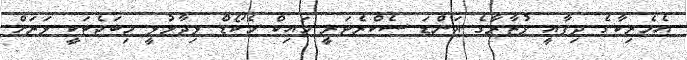
އެމެރިކާގެ ދިފާއީ ވުޒާރާގެ އަންޑަ ސެކްރެޓަރީ މައިކް މެކޯޑް ވިދާޅުވީ މިބަޖެޓަކީ ވަރަށް